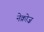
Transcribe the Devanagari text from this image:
नेक्रोज़